Scottish Leaving Certificate Examination, 1958
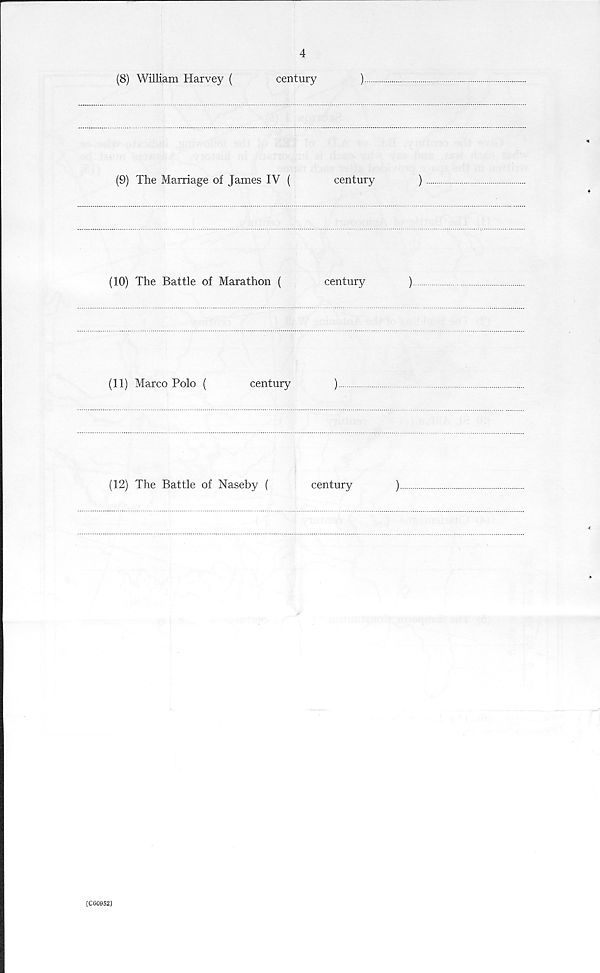
4
(8) William Harvey (
century
)
(9) The Marriage of James IV (
century
)
(10) The Battle of Marathon (
century
)
(11) Marco Polo (
century
)
(12) The Battle of Naseby (
century
)
(C60952)